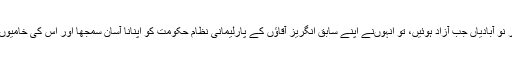
یہی وجہ ہے، برطانیہ کی اکثر نو آبادیاں جب آزاد ہوئیں، تو انہوںنے اپنے سابق انگریز آقاﺅں کے پارلیمانی نظام حکومت کو اپنانا آسان سمجھا اور اس کی خامیوں پر زیادہ غور و فکر نہیں کیا۔